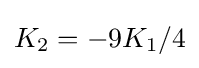
K_{2}=-9K_{1}/4